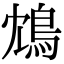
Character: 鴆